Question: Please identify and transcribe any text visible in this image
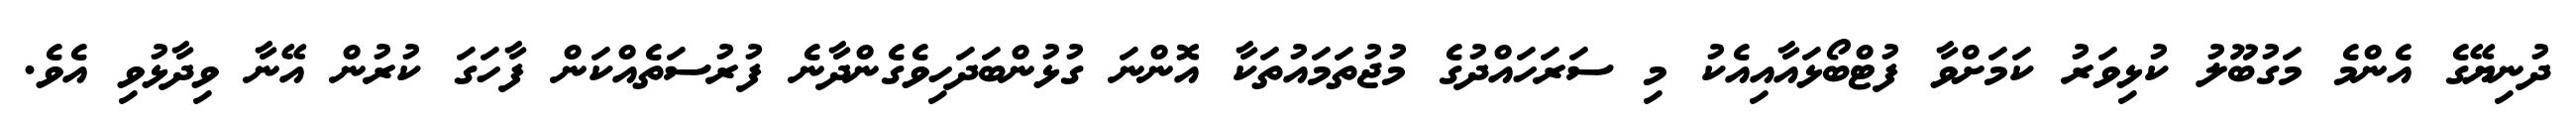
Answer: ދުނިޔޭގެ އެންމެ މަގުބޫލު ކުޅިވަރު ކަމަށްވާ ފުޓްބޯޅައާއިއެކު މި ސަރަހައްދުގެ މުޖުތަމައުތަކާ އޮންނަ ގުޅުންބަދަހިވެގެންދާނެ ފުރުސަތެއްކަން ފާހަގަ ކުރުން އޭނާ ވިދާޅުވި އެވެ.